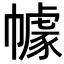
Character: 𭘶